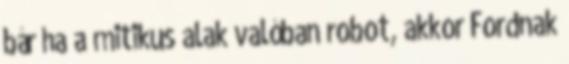
bár ha a mitikus alak valóban robot, akkor Fordnak